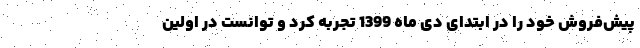
پیش‌فروش خود را در ابتدای دی ماه 1399 تجربه کرد و توانست در اولین